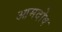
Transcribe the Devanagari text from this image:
आमदोष